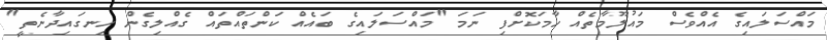
މައްސަލައިގެ އެއްވެސް މައުލޫމާތެއް ހާމަކޮށްފި ނަމަ "މައްސަލައިގެ ބައެއް ކަންތައްތައް ގެއްލިގެން ހިނގައިދާނެތީ"